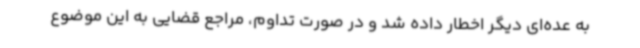
به عده‌ای دیگر اخطار داده شد و در صورت تداوم، مراجع قضایی به این موضوع